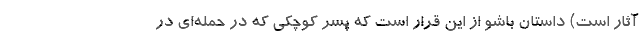
آثار است) داستان باشو از اين قرار است که پسر کوچکي که در حمله‌اي در